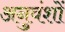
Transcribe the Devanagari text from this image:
अनुवंशों